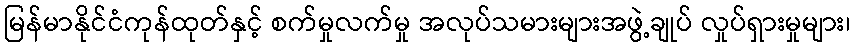
မြန်မာနိုင်ငံကုန်ထုတ်နှင့် စက်မှုလက်မှု အလုပ်သမားများအဖွဲ့ချုပ် လှုပ်ရှားမှုများ၊